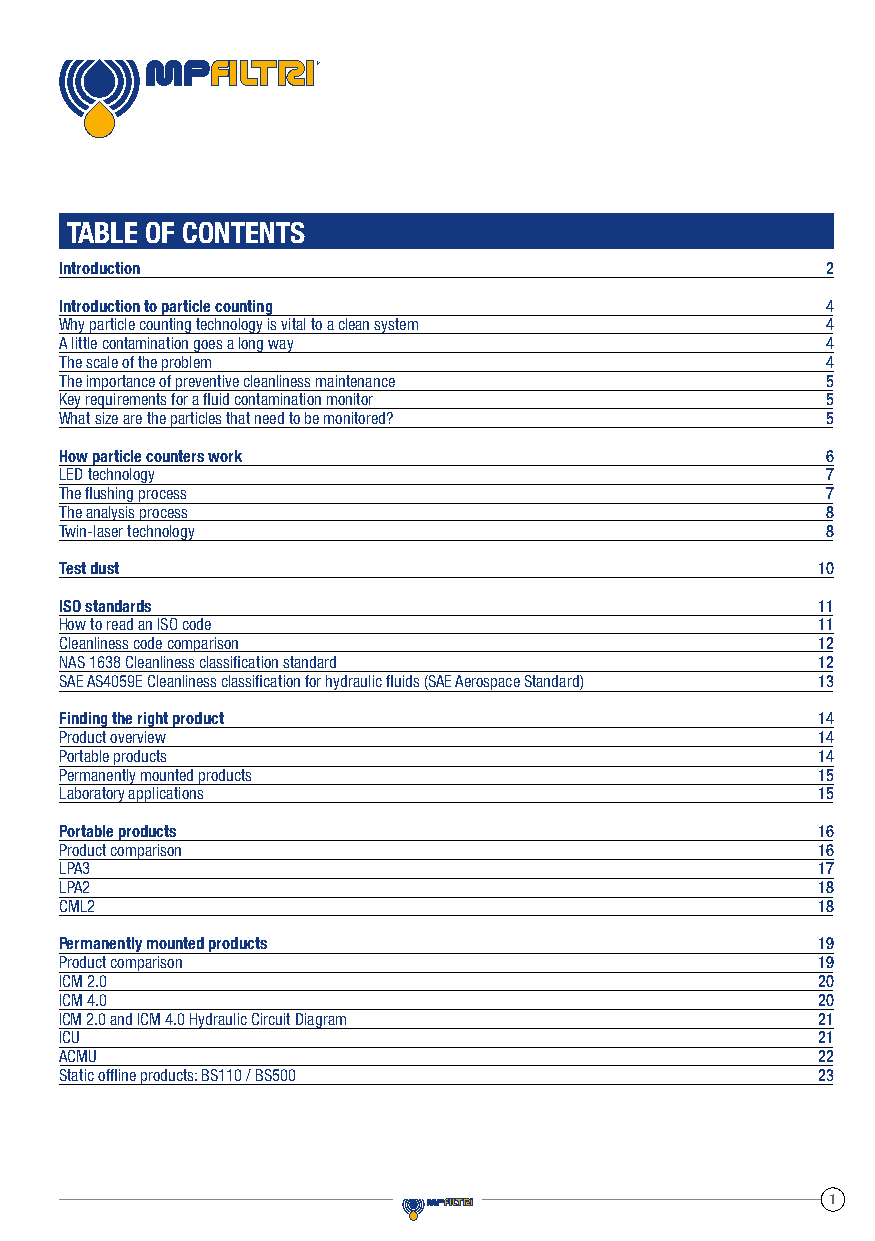
TABLE OF CONTENTS
 Introduction                                       2
 Introduction to particle counting                  4
 Why particle counting technology is vital to a clean system 4
 A little contamination goes a long way             4
 The scale of the problem                           4
 The importance of preventive cleanliness maintenance 5
 Key requirements for a fluid contamination monitor 5
 What size are the particles that need to be monitored? 5
 How particle counters work                         6
 LED technology                                     7
 The flushing process                               7
 The analysis process                               8
 Twin-laser technology                              8
 Test dust                                         10
 ISO standards                                     11
 How to read an ISO code                           11
 Cleanliness code comparison                       12
 NAS 1638 Cleanliness classification standard      12
 SAE AS4059E Cleanliness classification for hydraulic fluids (SAE Aerospace Standard) 13
 Finding the right product                         14
 Product overview                                  14
 Portable products                                 14
 Permanently mounted products                      15
 Laboratory applications                           15
 Portable products                                 16
 Product comparison                                16
 LPA3                                              17
 LPA2                                              18
 CML2                                              18
 Permanently mounted products                      19
 Product comparison                                19
 ICM 2.0                                           20
 ICM 4.0                                           20
 ICM 2.0 and ICM 4.0 Hydraulic Circuit Diagram     21
 ICU                                               21
 ACMU                                              22
 Static offline products: BS110 / BS500            23
 1